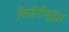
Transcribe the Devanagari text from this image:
रिसॉर्टसुद्धा